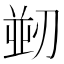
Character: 𭄀